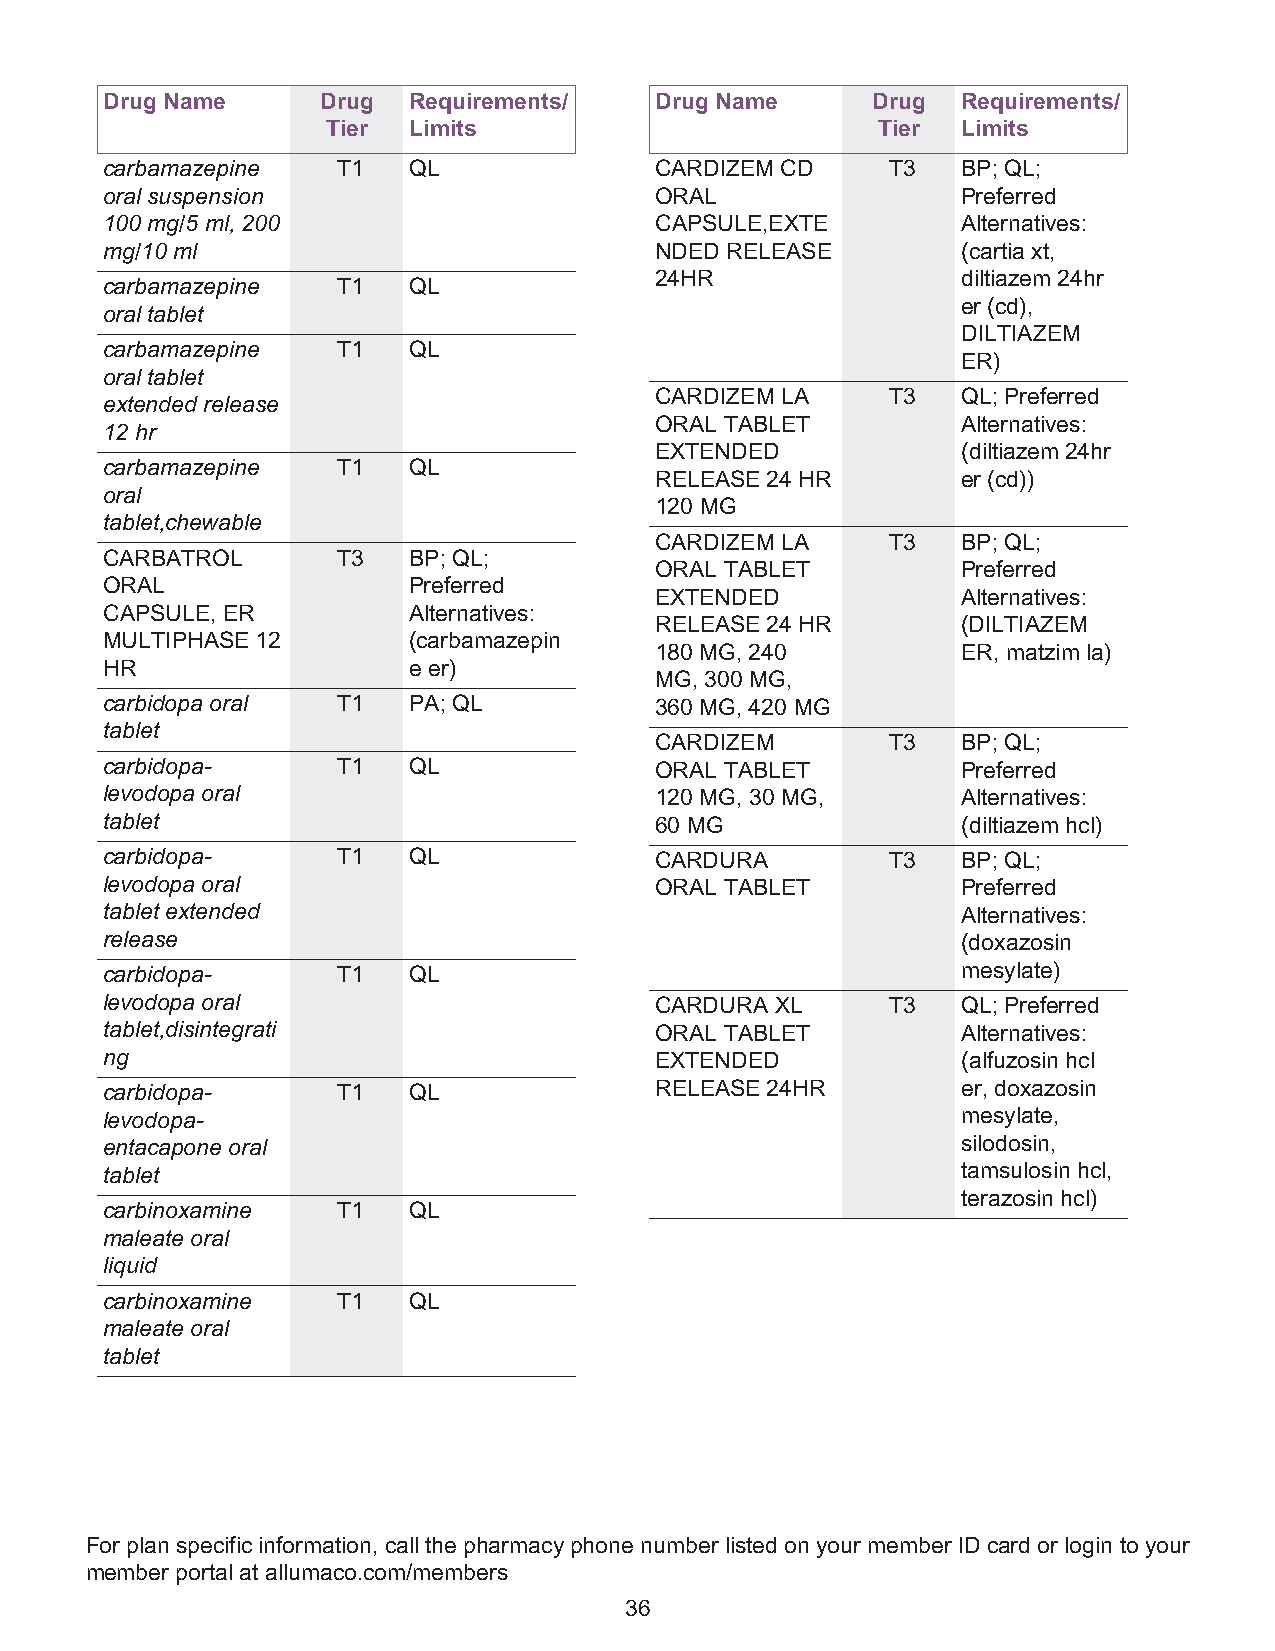
Drug Name     Drug  Requirements/   Drug Name      Drug  Requirements/
 Tier Limits                         Tier  Limits
 carbamazepine  T1   QL              CARDIZEM CD     T3   BP; QL;
 oral suspension                     ORAL                 Preferred
 100 mg/5 ml, 200                    CAPSULE,EXTE         Alternatives:
 mg/10 ml                            NDED RELEASE         (cartia xt,
 24HR                 diltiazem 24hr
 carbamazepine  T1   QL
 er (cd),
 oral tablet
 DILTIAZEM
 carbamazepine  T1   QL
 ER)
 oral tablet
 CARDIZEM LA     T3   QL; Preferred
 extended release
 ORAL TABLET          Alternatives:
 12 hr
 EXTENDED             (diltiazem 24hr
 carbamazepine  T1   QL
 RELEASE 24 HR        er (cd))
 oral
 120 MG
 tablet,chewable
 CARDIZEM LA     T3   BP; QL;
 CARBATROL      T3   BP; QL;
 ORAL TABLET          Preferred
 ORAL                Preferred
 EXTENDED             Alternatives:
 CAPSULE, ER         Alternatives:
 RELEASE 24 HR        (DILTIAZEM
 MULTIPHASE 12       (carbamazepin
 180 MG, 240          ER, matzim la)
 HR                  e er)
 MG, 300 MG,
 carbidopa oral T1   PA; QL          360 MG, 420 MG
 tablet
 CARDIZEM        T3   BP; QL;
 carbidopa-     T1   QL              ORAL TABLET          Preferred
 levodopa oral                       120 MG, 30 MG,       Alternatives:
 tablet                              60 MG                (diltiazem hcl)
 carbidopa-     T1   QL              CARDURA         T3   BP; QL;
 levodopa oral                       ORAL TABLET          Preferred
 tablet extended                                          Alternatives:
 release                                                  (doxazosin
 carbidopa-     T1   QL                                   mesylate)
 levodopa oral                       CARDURA XL      T3   QL; Preferred
 tablet,disintegrati                 ORAL TABLET          Alternatives:
 ng                                  EXTENDED             (alfuzosin hcl
 carbidopa-     T1   QL              RELEASE 24HR         er, doxazosin
 levodopa-                                                mesylate,
 entacapone oral                                          silodosin,
 tablet                                                   tamsulosin hcl,
 terazosin hcl)
 carbinoxamine  T1   QL
 maleate oral
 liquid
 carbinoxamine  T1   QL
 maleate oral
 tablet
 For plan specific information, call the pharmacy phone number listed on your member ID card or login to your
 member portal at allumaco.com/members
 36